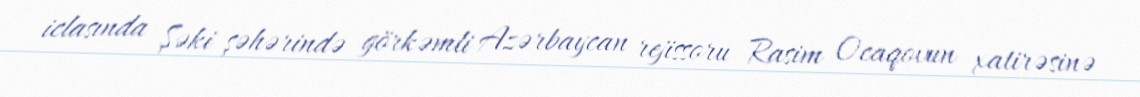
iclasında Şəki şəhərində görkəmli Azərbaycan rejissoru Rasim Ocaqovun xatirəsinə